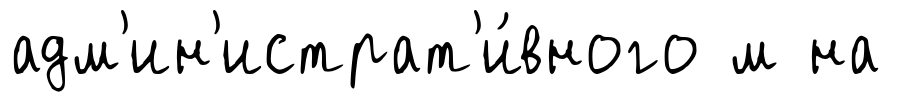
адм'ин'истрат'и́вного м на